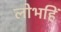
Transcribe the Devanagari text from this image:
लोभहिं